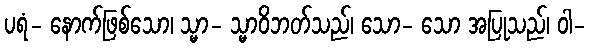
ပရံ- နောက်ဖြစ်သော၊ သ္မာ- သ္မာဝိဘတ်သည်၊ သော- သော အပြုသည်၊ ဝါ-